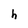
Character: h